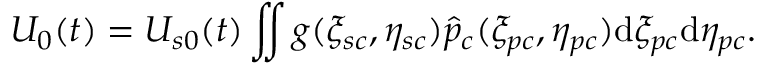
U _ { 0 } ( t ) = U _ { s 0 } ( t ) \iint g ( \xi _ { s c } , \eta _ { s c } ) \hat { p } _ { c } ( \xi _ { p c } , \eta _ { p c } ) \mathrm { d } \xi _ { p c } \mathrm { d } \eta _ { p c } .